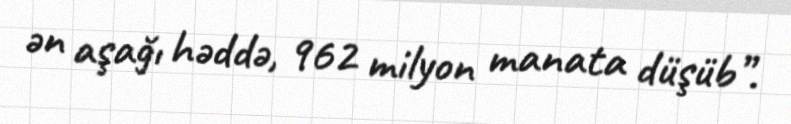
ən aşağı həddə, 962 milyon manata düşüb”.